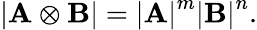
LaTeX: \left|\mathbf{A}\otimes\mathbf{B}\right|=\left|\mathbf{A}\right|^{m}\left|\mathbf{B}\right|^{n}.